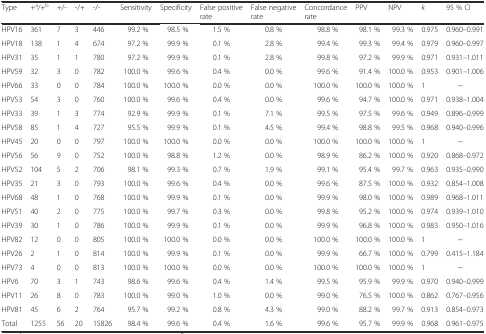
<table><thead><tr><td><b>Type</b></td><td><b>+<sup>a</sup>/+<sup>b</sup></b></td><td><b>+/-</b></td><td><b>-/+</b></td><td><b>-/-</b></td><td><b>Sensitivity</b></td><td><b>Specificity</b></td><td><b>False positive rate</b></td><td><b>False negative rate</b></td><td><b>Concordance rate</b></td><td><b>PPV</b></td><td><b>NPV</b></td><td><b><i>k</i></b></td><td><b>95 % CI</b></td></tr></thead><tbody><tr><td>HPV16</td><td>361</td><td>7</td><td>3</td><td>446</td><td>99.2 %</td><td>98.5 %</td><td>1.5 %</td><td>0.8 %</td><td>98.8 %</td><td>98.1 %</td><td>99.3 %</td><td>0.975</td><td>0.960–0.991</td></tr><tr><td>HPV18</td><td>138</td><td>1</td><td>4</td><td>674</td><td>97.2 %</td><td>99.9 %</td><td>0.1 %</td><td>2.8 %</td><td>99.4 %</td><td>99.3 %</td><td>99.4 %</td><td>0.979</td><td>0.960–0.997</td></tr><tr><td>HPV31</td><td>35</td><td>1</td><td>1</td><td>780</td><td>97.2 %</td><td>99.9 %</td><td>0.1 %</td><td>2.8 %</td><td>99.8 %</td><td>97.2 %</td><td>99.9 %</td><td>0.971</td><td>0.931–1.011</td></tr><tr><td>HPV59</td><td>32</td><td>3</td><td>0</td><td>782</td><td>100.0 %</td><td>99.6 %</td><td>0.4 %</td><td>0.0 %</td><td>99.6 %</td><td>91.4 %</td><td>100.0 %</td><td>0.953</td><td>0.901–1.006</td></tr><tr><td>HPV66</td><td>33</td><td>0</td><td>0</td><td>784</td><td>100.0 %</td><td>100.0 %</td><td>0.0 %</td><td>0.0 %</td><td>100.0 %</td><td>100.0 %</td><td>100.0 %</td><td>1</td><td>~</td></tr><tr><td>HPV53</td><td>54</td><td>3</td><td>0</td><td>760</td><td>100.0 %</td><td>99.6 %</td><td>0.4 %</td><td>0.0 %</td><td>99.6 %</td><td>94.7 %</td><td>100.0 %</td><td>0.971</td><td>0.938–1.004</td></tr><tr><td>HPV33</td><td>39</td><td>1</td><td>3</td><td>774</td><td>92.9 %</td><td>99.9 %</td><td>0.1 %</td><td>7.1 %</td><td>99.5 %</td><td>97.5 %</td><td>99.6 %</td><td>0.949</td><td>0.896–0.999</td></tr><tr><td>HPV58</td><td>85</td><td>1</td><td>4</td><td>727</td><td>95.5 %</td><td>99.9 %</td><td>0.1 %</td><td>4.5 %</td><td>99.4 %</td><td>98.8 %</td><td>99.5 %</td><td>0.968</td><td>0.940–0.996</td></tr><tr><td>HPV45</td><td>20</td><td>0</td><td>0</td><td>797</td><td>100.0 %</td><td>100.0 %</td><td>0.0 %</td><td>0.0 %</td><td>100.0 %</td><td>100.0 %</td><td>100.0 %</td><td>1</td><td>~</td></tr><tr><td>HPV56</td><td>56</td><td>9</td><td>0</td><td>752</td><td>100.0 %</td><td>98.8 %</td><td>1.2 %</td><td>0.0 %</td><td>98.9 %</td><td>86.2 %</td><td>100.0 %</td><td>0.920</td><td>0.868–0.972</td></tr><tr><td>HPV52</td><td>104</td><td>5</td><td>2</td><td>706</td><td>98.1 %</td><td>99.3 %</td><td>0.7 %</td><td>1.9 %</td><td>99.1 %</td><td>95.4 %</td><td>99.7 %</td><td>0.963</td><td>0.935–0.990</td></tr><tr><td>HPV35</td><td>21</td><td>3</td><td>0</td><td>793</td><td>100.0 %</td><td>99.6 %</td><td>0.4 %</td><td>0.0 %</td><td>99.6 %</td><td>87.5 %</td><td>100.0 %</td><td>0.932</td><td>0.854–1.008</td></tr><tr><td>HPV68</td><td>48</td><td>1</td><td>0</td><td>768</td><td>100.0 %</td><td>99.9 %</td><td>0.1 %</td><td>0.0 %</td><td>99.9 %</td><td>98.0 %</td><td>100.0 %</td><td>0.989</td><td>0.968–1.011</td></tr><tr><td>HPV51</td><td>40</td><td>2</td><td>0</td><td>775</td><td>100.0 %</td><td>99.7 %</td><td>0.3 %</td><td>0.0 %</td><td>99.8 %</td><td>95.2 %</td><td>100.0 %</td><td>0.974</td><td>0.939–1.010</td></tr><tr><td>HPV39</td><td>30</td><td>1</td><td>0</td><td>786</td><td>100.0 %</td><td>99.9 %</td><td>0.1 %</td><td>0.0 %</td><td>99.9 %</td><td>96.8 %</td><td>100.0 %</td><td>0.983</td><td>0.950–1.016</td></tr><tr><td>HPV82</td><td>12</td><td>0</td><td>0</td><td>805</td><td>100.0 %</td><td>100.0 %</td><td>0.0 %</td><td>0.0 %</td><td>100.0 %</td><td>100.0 %</td><td>100.0 %</td><td>1</td><td>~</td></tr><tr><td>HPV26</td><td>2</td><td>1</td><td>0</td><td>814</td><td>100.0 %</td><td>99.9 %</td><td>0.1 %</td><td>0.0 %</td><td>99.9 %</td><td>66.7 %</td><td>100.0 %</td><td>0.799</td><td>0.415–1.184</td></tr><tr><td>HPV73</td><td>4</td><td>0</td><td>0</td><td>813</td><td>100.0 %</td><td>100.0 %</td><td>0.0 %</td><td>0.0 %</td><td>100.0 %</td><td>100.0 %</td><td>100.0 %</td><td>1</td><td>~</td></tr><tr><td>HPV6</td><td>70</td><td>3</td><td>1</td><td>743</td><td>98.6 %</td><td>99.6 %</td><td>0.4 %</td><td>1.4 %</td><td>99.5 %</td><td>95.9 %</td><td>99.9 %</td><td>0.970</td><td>0.940–0.999</td></tr><tr><td>HPV11</td><td>26</td><td>8</td><td>0</td><td>783</td><td>100.0 %</td><td>99.0 %</td><td>1.0 %</td><td>0.0 %</td><td>99.0 %</td><td>76.5 %</td><td>100.0 %</td><td>0.862</td><td>0.767–0.956</td></tr><tr><td>HPV81</td><td>45</td><td>6</td><td>2</td><td>764</td><td>95.7 %</td><td>99.2 %</td><td>0.8 %</td><td>4.3 %</td><td>99.0 %</td><td>88.2 %</td><td>99.7 %</td><td>0.913</td><td>0.854–0.973</td></tr><tr><td>Total</td><td>1255</td><td>56</td><td>20</td><td>15826</td><td>98.4 %</td><td>99.6 %</td><td>0.4 %</td><td>1.6 %</td><td>99.6 %</td><td>95.7 %</td><td>99.9 %</td><td>0.968</td><td>0.961–0.975</td></tr></tbody></table>